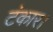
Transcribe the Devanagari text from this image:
टंकार।